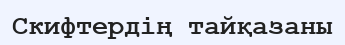
Скифтердің тайқазаны